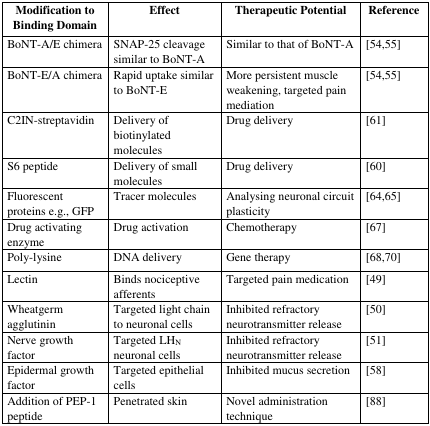
<table><thead><tr><td><b>Modification to Binding Domain</b></td><td><b>Effect</b></td><td><b>Therapeutic Potential</b></td><td><b>Reference</b></td></tr></thead><tbody><tr><td>BoNT-A/E chimera</td><td>SNAP-25 cleavage similar to BoNT-A</td><td>Similar to that of BoNT-A</td><td>[54,55]</td></tr><tr><td>BoNT-E/A chimera</td><td>Rapid uptake similar to BoNT-E</td><td>More persistent muscle weakening, targeted pain mediation</td><td>[54,55]</td></tr><tr><td>C2IN-streptavidin</td><td>Delivery of biotinylated molecules</td><td>Drug delivery</td><td>[61]</td></tr><tr><td>S6 peptide</td><td>Delivery of small molecules</td><td>Drug delivery</td><td>[60]</td></tr><tr><td>Fluorescent proteins e.g., GFP</td><td>Tracer molecules</td><td>Analysing neuronal circuit plasticity</td><td>[64,65]</td></tr><tr><td>Drug activating enzyme</td><td>Drug activation</td><td>Chemotherapy</td><td>[67]</td></tr><tr><td>Poly-lysine</td><td>DNA delivery</td><td>Gene therapy</td><td>[68,70]</td></tr><tr><td>Lectin</td><td>Binds nociceptive afferents</td><td>Targeted pain medication</td><td>[49]</td></tr><tr><td>Wheatgerm agglutinin</td><td>Targeted light chain to neuronal cells</td><td>Inhibited refractory neurotransmitter release</td><td>[50]</td></tr><tr><td>Nerve growth factor</td><td>Targeted LH<sub>N</sub> neuronal cells</td><td>Inhibited refractory neurotransmitter release</td><td>[51]</td></tr><tr><td>Epidermal growth factor</td><td>Targeted epithelial cells</td><td>Inhibited mucus secretion</td><td>[58]</td></tr><tr><td>Addition of PEP-1 peptide</td><td>Penetrated skin</td><td>Novel administration technique</td><td>[88]</td></tr></tbody></table>